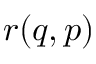
r ( q , p )